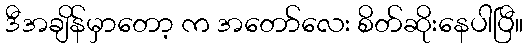
ဒီအချိန်မှာတော့ က အတော်လေး စိတ်ဆိုးနေပါပြီ။